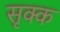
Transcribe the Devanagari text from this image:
सृक्क